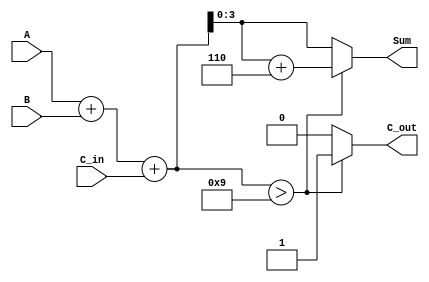
module BCD_Parallel_Adder (
    input  [3:0] A,        // BCD digit input A
    input  [3:0] B,        // BCD digit input B
    input        C_in,      // Carry input
    output reg [3:0] Sum,   // BCD sum output
    output reg C_out        // Carry output
);

    wire [4:0] S;          // 5-bit sum to hold A + B + C_in
    wire correction_needed; // Flag to indicate if correction is needed

    // Binary addition of A, B and C_in
    assign S = A + B + C_in;

    // Determine if correction is needed (if S > 9)
    assign correction_needed = S > 5'b01001; // 9 in binary is 01001

    always @(*) begin
        if (correction_needed) begin
            Sum = S + 5'b00110; // Add 6 (0110 in binary)
            C_out = 1'b1;       // Set carry out
        end else begin
            Sum = S[3:0];       // Take the lower 4 bits of S
            C_out = 1'b0;       // No carry out
        end
    end

endmodule